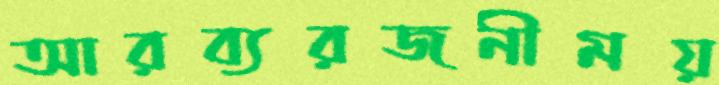
আরব্যরজনীময়